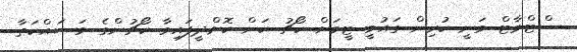
ސްޓްވާޓް ވަނީ ކުރިން ގައުމީ ޓީމަށް ކޯޗު ކަން ކޮށްދީފައިވާ ކޯޗުންގެ މަސައްކަތާ